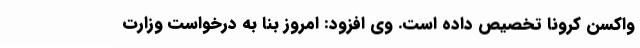
واکسن کرونا تخصیص داده است. وی افزود: امروز بنا به درخواست وزارت